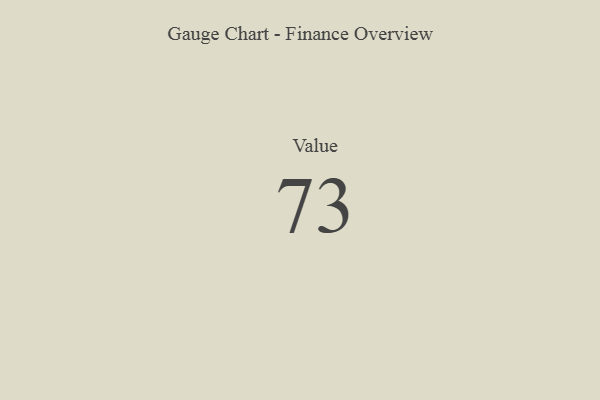
{"axis": {"x": "Metric", "y": "Value"}, "legend": [""], "data": [{"x": "Value", "y": 73, "type": ""}]}